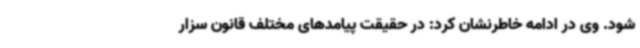
شود. وی در ادامه خاطرنشان کرد: در حقیقت پیامدهای مختلف قانون سزار